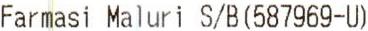
FARMASI MALURI S/B (587969-U)